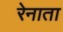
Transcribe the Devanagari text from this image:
रेनाता